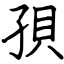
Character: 孭